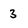
Character: 3